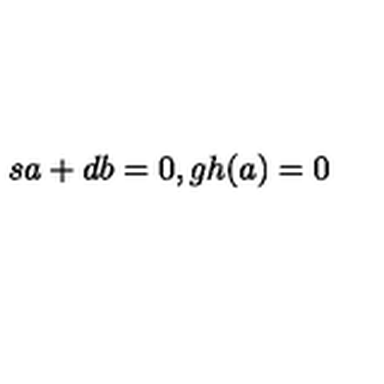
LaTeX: s a + d b = 0 , g h ( a ) = 0